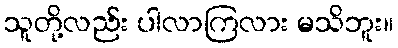
သူတို့လည်း ပါလာကြလား မသိဘူး။